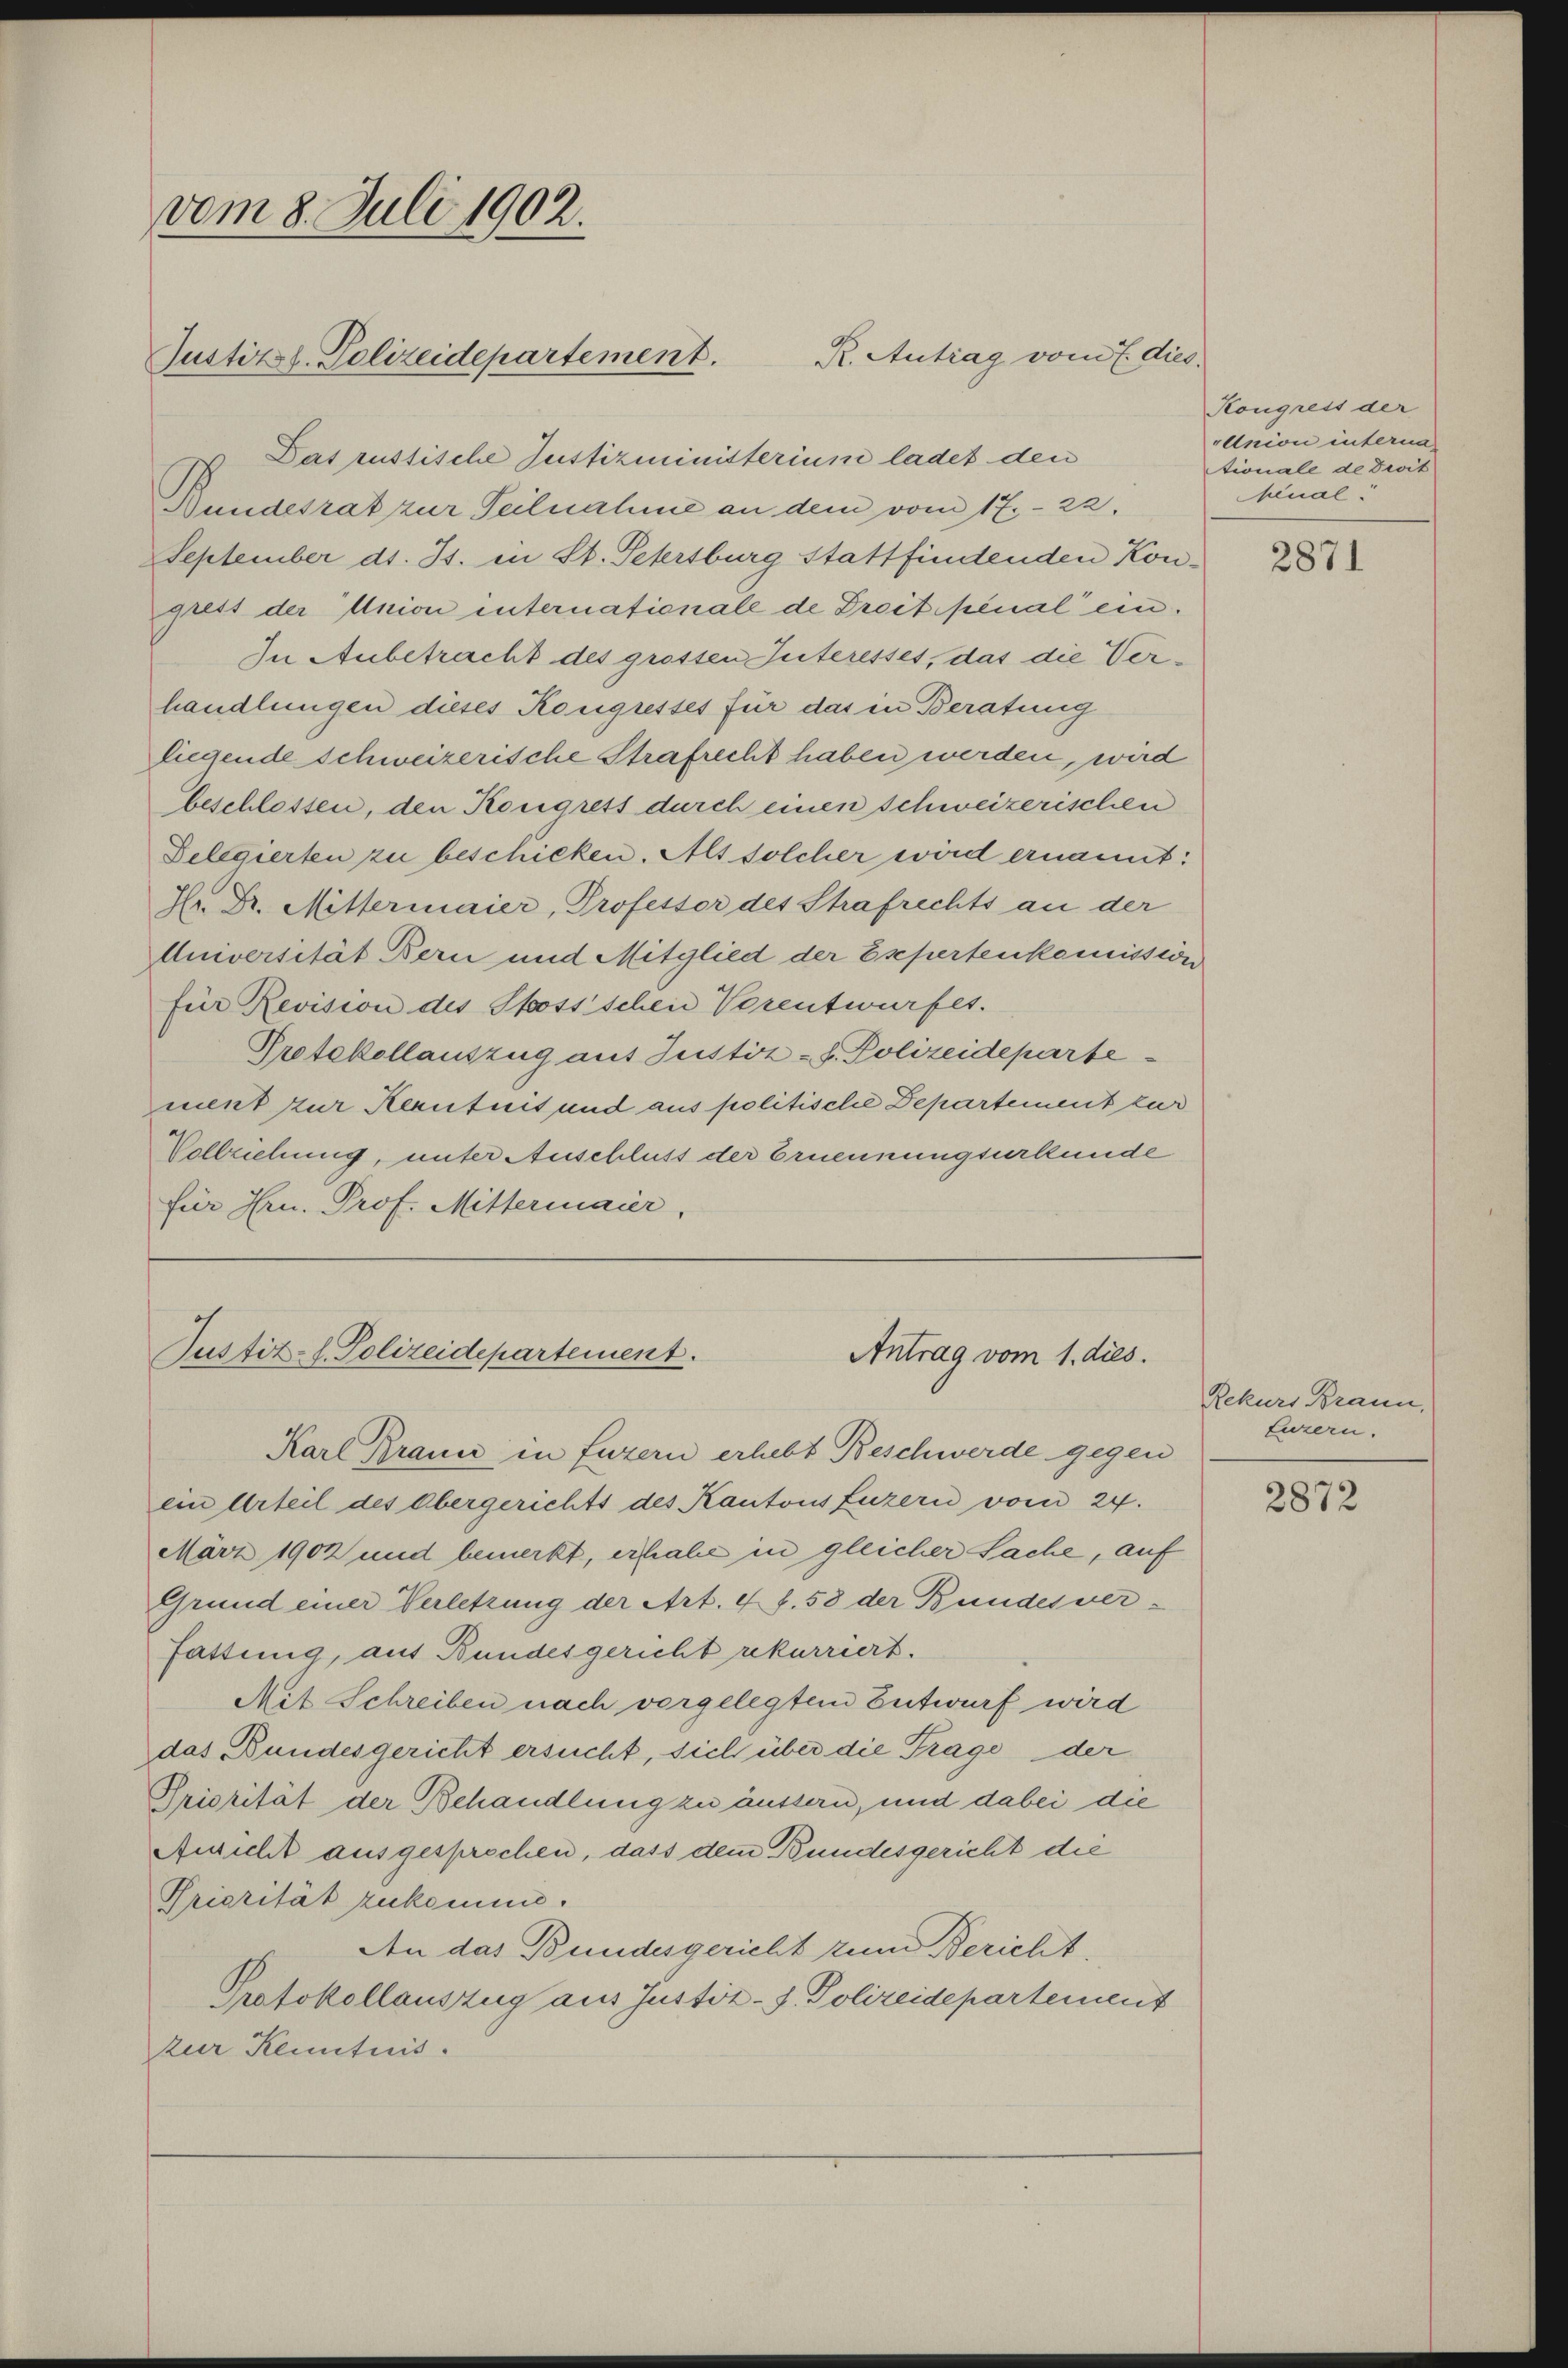
vom 8. Juli 1902.
Justizst. Polizeidepartement.

Das russische Justizministerium ladet den
Bundesrat zur Teilnahme an dem vom 17. 22.
September d. Js. in St. Petersburg stattfindenden Kongrett der Union internationale de Dreit penal ein¬
In Anbetracht des grossen Interesses, das die Verhandlungen dieses Kongresses für das in Beratung
liegende schweizerische Strafrecht haben werden, wird
beschlossen, den Kongrets durch einen schweizerischen
Delegierten zu beschicken. Als solcher wird ernannt:
Hr. Dr. Mittermaier, Professor des Strafrechts an der
Universität Bern und Mitglied der Expertenkomission
für Revision des Stossschen Vorentwurfes.
Protokollauszug aus Justiz - F. Polizeideparte
ment zur Kenntnis und aus politische Departement zur
Vollziehung, unter Auschluss der Ernennungsurkunde
für Hrn. Prof. Mittermaier,

R. Antrag vom 7. dies.

Justitl. Polizeidepartement.
Antrag vom 1. dies.

Karl Braun in Luzern erhebt Beschwerde gegen
ein Urteil des Obergerichts des Kantons Luzern vom 24.
März 1902 und bemerkt, erhabe in gleicher Sache, auf
Grund einer Verletzung der Art. 4 f. 58 der Bundesver-
Fattung, auf Bundesgericht rekurriert.
Mit Schreiben nach vergelegtem Entwurf wird
das Bundesgericht ersucht, sich über die Trage der
Priorität der Behandlung zu äussern, und dabei die
Gericht ausgesprochen, dass dem Bundesgericht die
Priarität zukomme.
An das Bundesgericht zum Bericht,
Protokollauszug aus Justiz-J. Polizeidepartement
zur Kenntnis.

Kongress der
Union interna
tionale de Droit
henal:

2871

Rekurs Braun,
Luzern.

2872